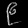
Digit: ၉